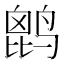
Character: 𪉔